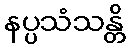
နပ္ပသံသန္တိ